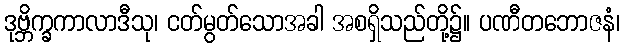
ဒုဗ္ဘိက္ခကာလာဒီသု၊ ငတ်မွတ်သောအခါ အစရှိသည်တို့၌။ ပဏီတဘောဇနံ၊